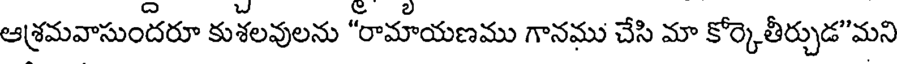
ఆశ్రమవాసుందరూ కుశలవులను "రామాయణము గానము చేసి మా కోర్కెతీర్చుడ"మని